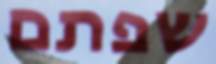
שפתם